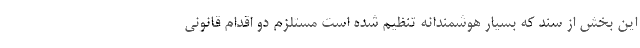
این بخش از سند که بسیار هوشمندانه تنظیم شده است مستلزم دو اقدام قانونی